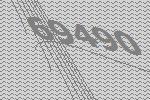
69490